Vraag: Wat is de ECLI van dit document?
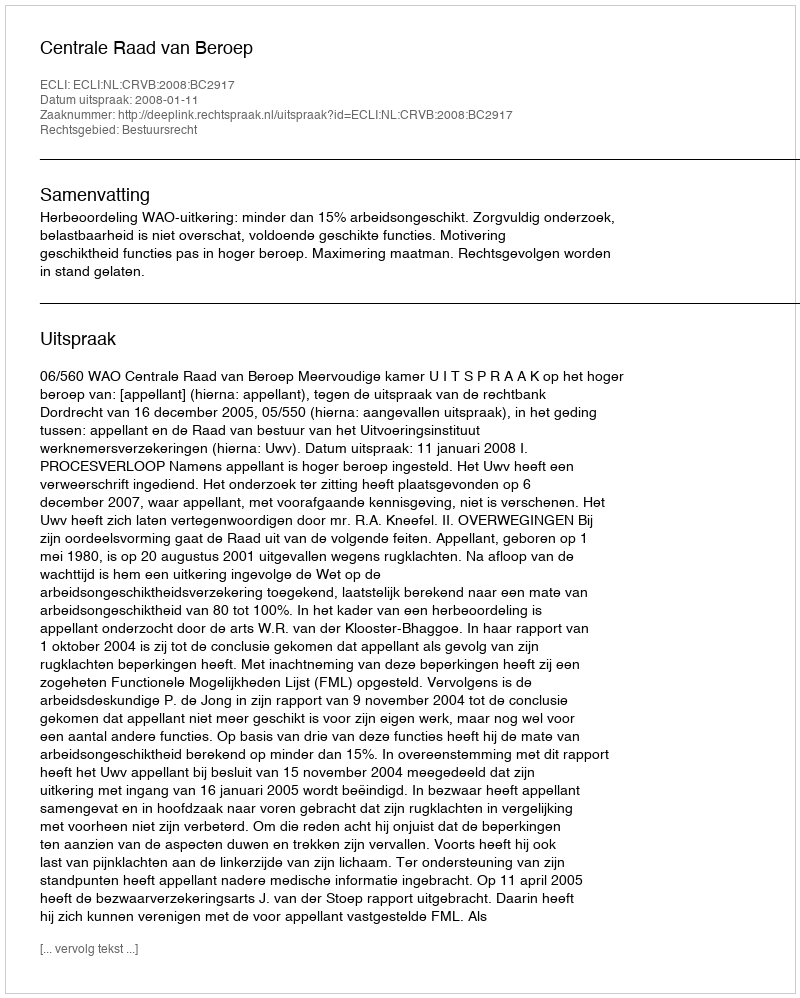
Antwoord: ECLI:NL:CRVB:2008:BC2917